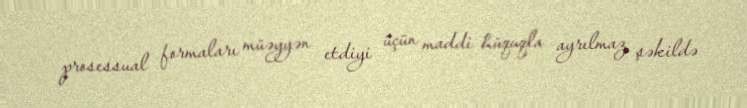
prosessual formaları müəyyən etdiyi üçün maddi hüquqla ayrılmaz şəkildə